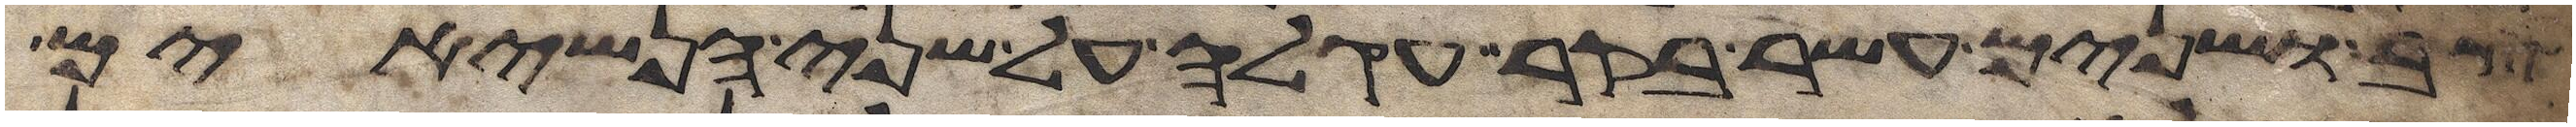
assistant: צב ושנים עשר בקר עגלה על שני הנשיאים